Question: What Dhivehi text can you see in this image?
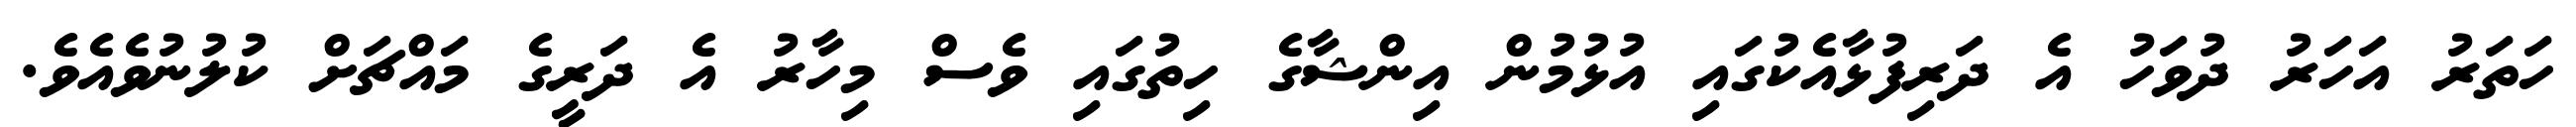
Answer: ހަތަރު އަހަރު ދުވަހު އެ ދަރިފުޅާއެކުގައި އުޅުމުން އިންޝާގެ ހިތުގައި ވެސް މިހާރު އެ ދަރީގެ މައްޗަށް ކުލުނުވެއެވެ.